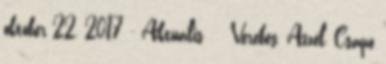
október 22, 2017 - Aktuális Verebes, Aczél, Csapó